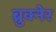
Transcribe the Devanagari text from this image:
ब्रुक्नेर